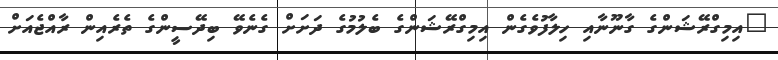
"އިމިގްރޭޝަންގެ ގާނޫނާއި ހިލާފުވެގެން އިމިގްރޭޝަންގެ ބެލުމުގެ ދަށަށް ގެނެވޭ ބިދޭސީންގެ ތެރެއިން ރާއްޖެއަށް